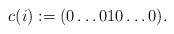
LaTeX: \begin{gather*} c(i) := (0\ldots010\ldots0).\end{gather*}